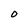
Character: O